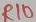
Text: R10